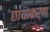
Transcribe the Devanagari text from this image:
छायाकर्ण